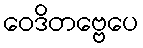
ဝေဒိတဗ္ဗေပေ